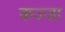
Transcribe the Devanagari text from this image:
कज्जा